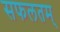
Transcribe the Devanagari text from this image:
सफलतम्